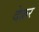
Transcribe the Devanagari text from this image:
देक्रर